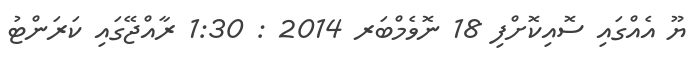
ޔޫ އެއްގައި ސޮއިކޮށްފި 18 ނޮވެމްބަރ 2014 : 1:30 ރާއްޖޭގައި ކަރަންޓު